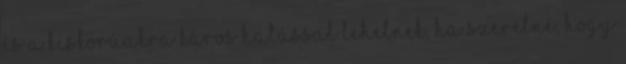
és a kiskorúakra káros hatással lehetnek. Ha szeretné, hogy